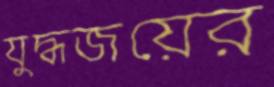
যুদ্ধজয়ের